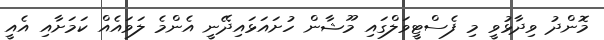
މޮންދު ވިދާޅުވީ މި ފެސްޓީވަލްގައި މޫޝާން ހުށައަޅައިދޭނީ އެންމެ ލަވައެއް ކަމަށާއި އެއީ